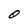
Character: O